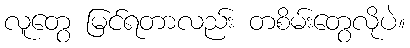
လူတွေ မြင်ရတာလည်း တစိမ်းတွေလိုပဲ။